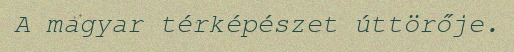
A magyar térképészet úttörője.